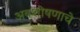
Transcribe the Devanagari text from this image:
अवशोषणाचे